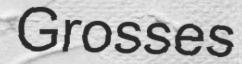
Grosses